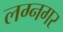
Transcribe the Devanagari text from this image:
लग्नगर